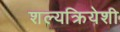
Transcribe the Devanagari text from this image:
शल्यक्रियेशी